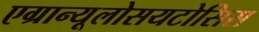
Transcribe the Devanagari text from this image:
एग्रान्यूलोसयटोसिस